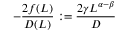
- \frac { 2 f ( L ) } { D ( L ) } : = \frac { 2 \gamma L ^ { \alpha - \beta } } { D }